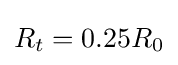
R_{t}=0.25R_{0}